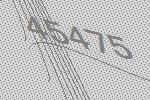
45475